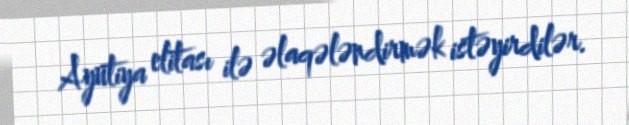
Ayutiya elitası ilə əlaqələndirmək istəyirdilər.